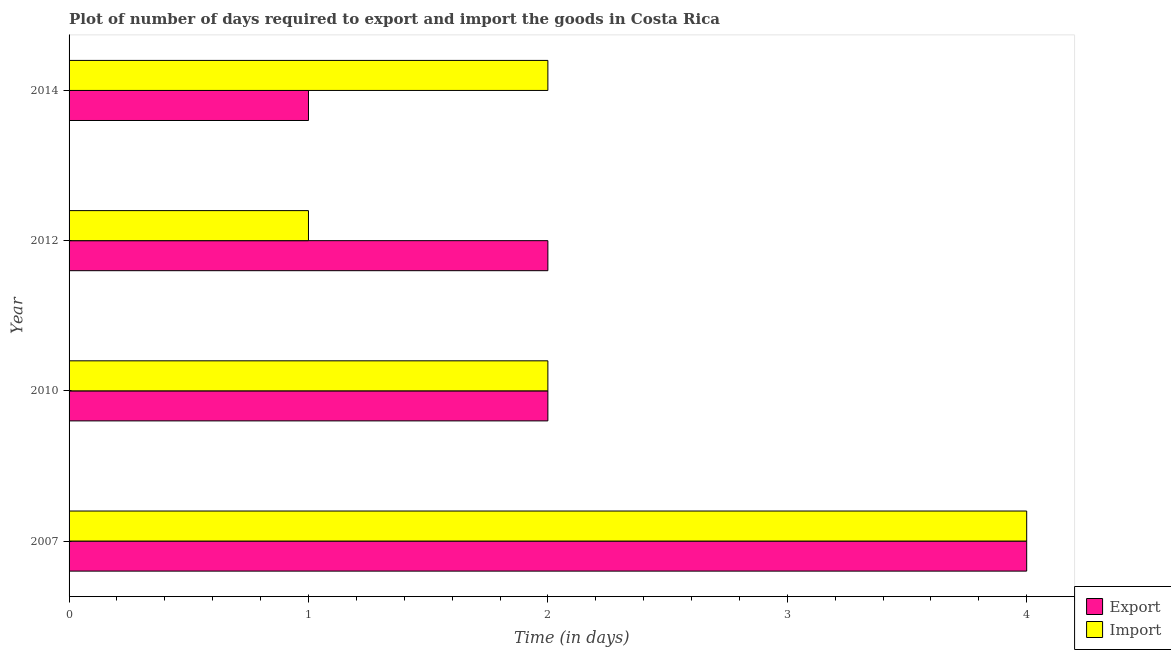
| Year | Export | Import |
 | --- | --- | --- |
 | 2007 | 4 | 4 |
 | 2010 | 2 | 2 |
 | 2012 | 2 | 1 |
 | 2014 | 1 | 2 |